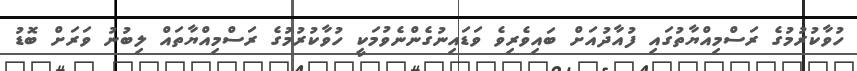
ހުވާކުރުމުގެ ރަސްމިއްޔާތުގައި ފުއާދުއަށް ބައިވެރިވެ ވަޑައިނުގެންނެވުމަކީ ހުވާކުރުމުގެ ރަސްމިއްޔާތައް ލިބުނު ވަރަށް ބޮޑު